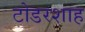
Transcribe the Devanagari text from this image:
टोडरशाह